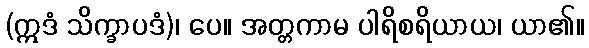
(ဣဒံ သိက္ခာပဒံ)၊ ပေ။ အတ္တကာမ ပါရိစရိယာယ၊ ယာ၏။